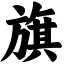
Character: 旗